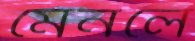
মেনলে